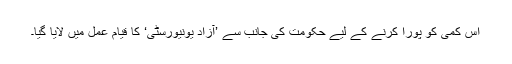
اس کمی کو پورا کرنے کے لیے حکومت کی جانب سے ’آزاد یونیورسٹی‘ کا قیام عمل میں لایا گیا۔